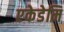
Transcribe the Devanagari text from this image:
एकेडेमि